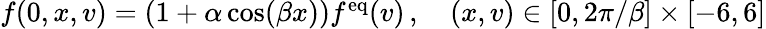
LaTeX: \begin{array}{r}{f(0,x,v)=(1+\alpha\cos(\beta x))f^{\mathrm{eq}}(v)\, ,\quad(x,v)\in[0,2\pi/\beta]\times[-6,6]}\end{array}